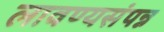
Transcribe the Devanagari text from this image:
लावण्यसंपन्न